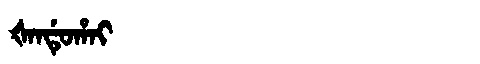
Manchu: ᡧᠠᠨᡩᡠᡥᠠᡳ
Romanization: ŠANDUHAI